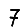
Digit: 7